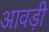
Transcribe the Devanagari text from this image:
आवड़ी